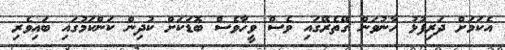
އެކަމަށް ދަރިފުޅު ހާނުވަން ގޭތެރޭގައި ވެސް ވީހާވެސް ބޮޑަކަށް ކުދިން ކަންކަމުގައި ބައިވެރި